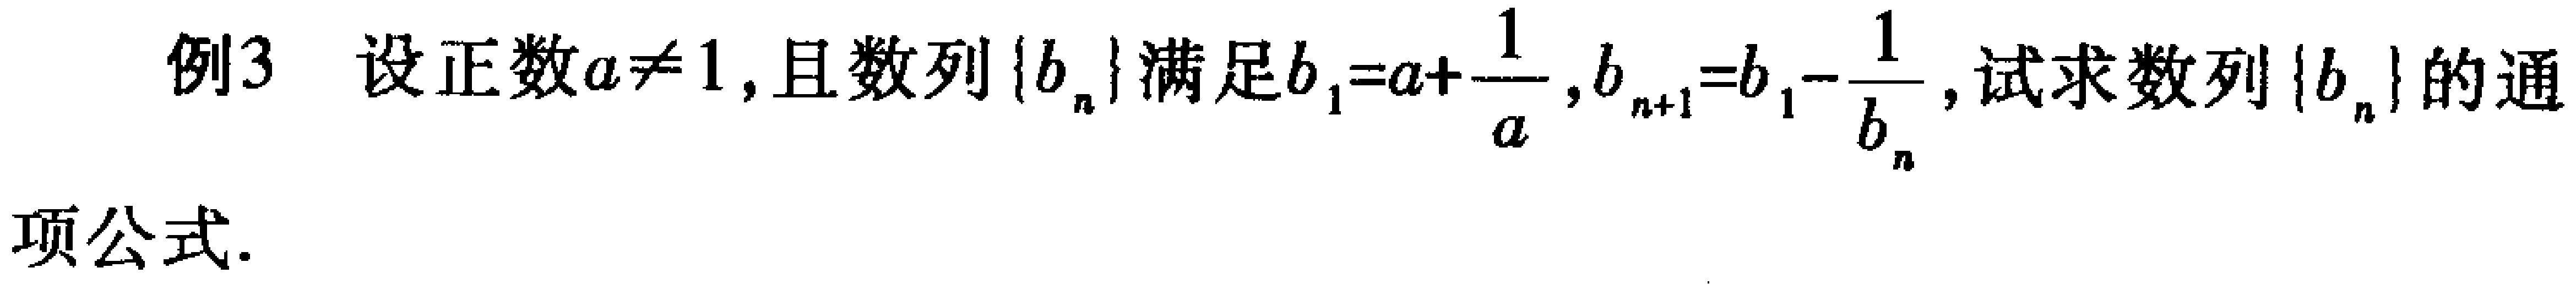
例3 设正数\(a\neq 1\)，且数列\(\{b_{n}\}\)满足\(b_{1}=a + \frac{1}{a}\)，\(b_{n + 1}=b_{1}-\frac{1}{b_{n}}\)，试求数列\(\{b_{n}\}\)的通项公式.